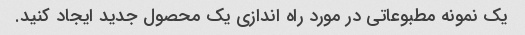
یک نمونه مطبوعاتی در مورد راه اندازی یک محصول جدید ایجاد کنید.